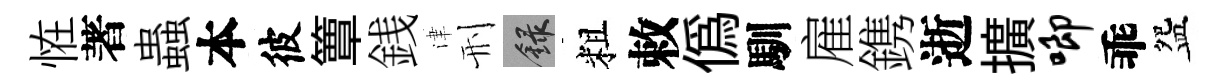
恠著蟲本彼簟銭津刑録粗敕偽馴雇鎸逝擴唧乖盌